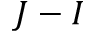
J - I